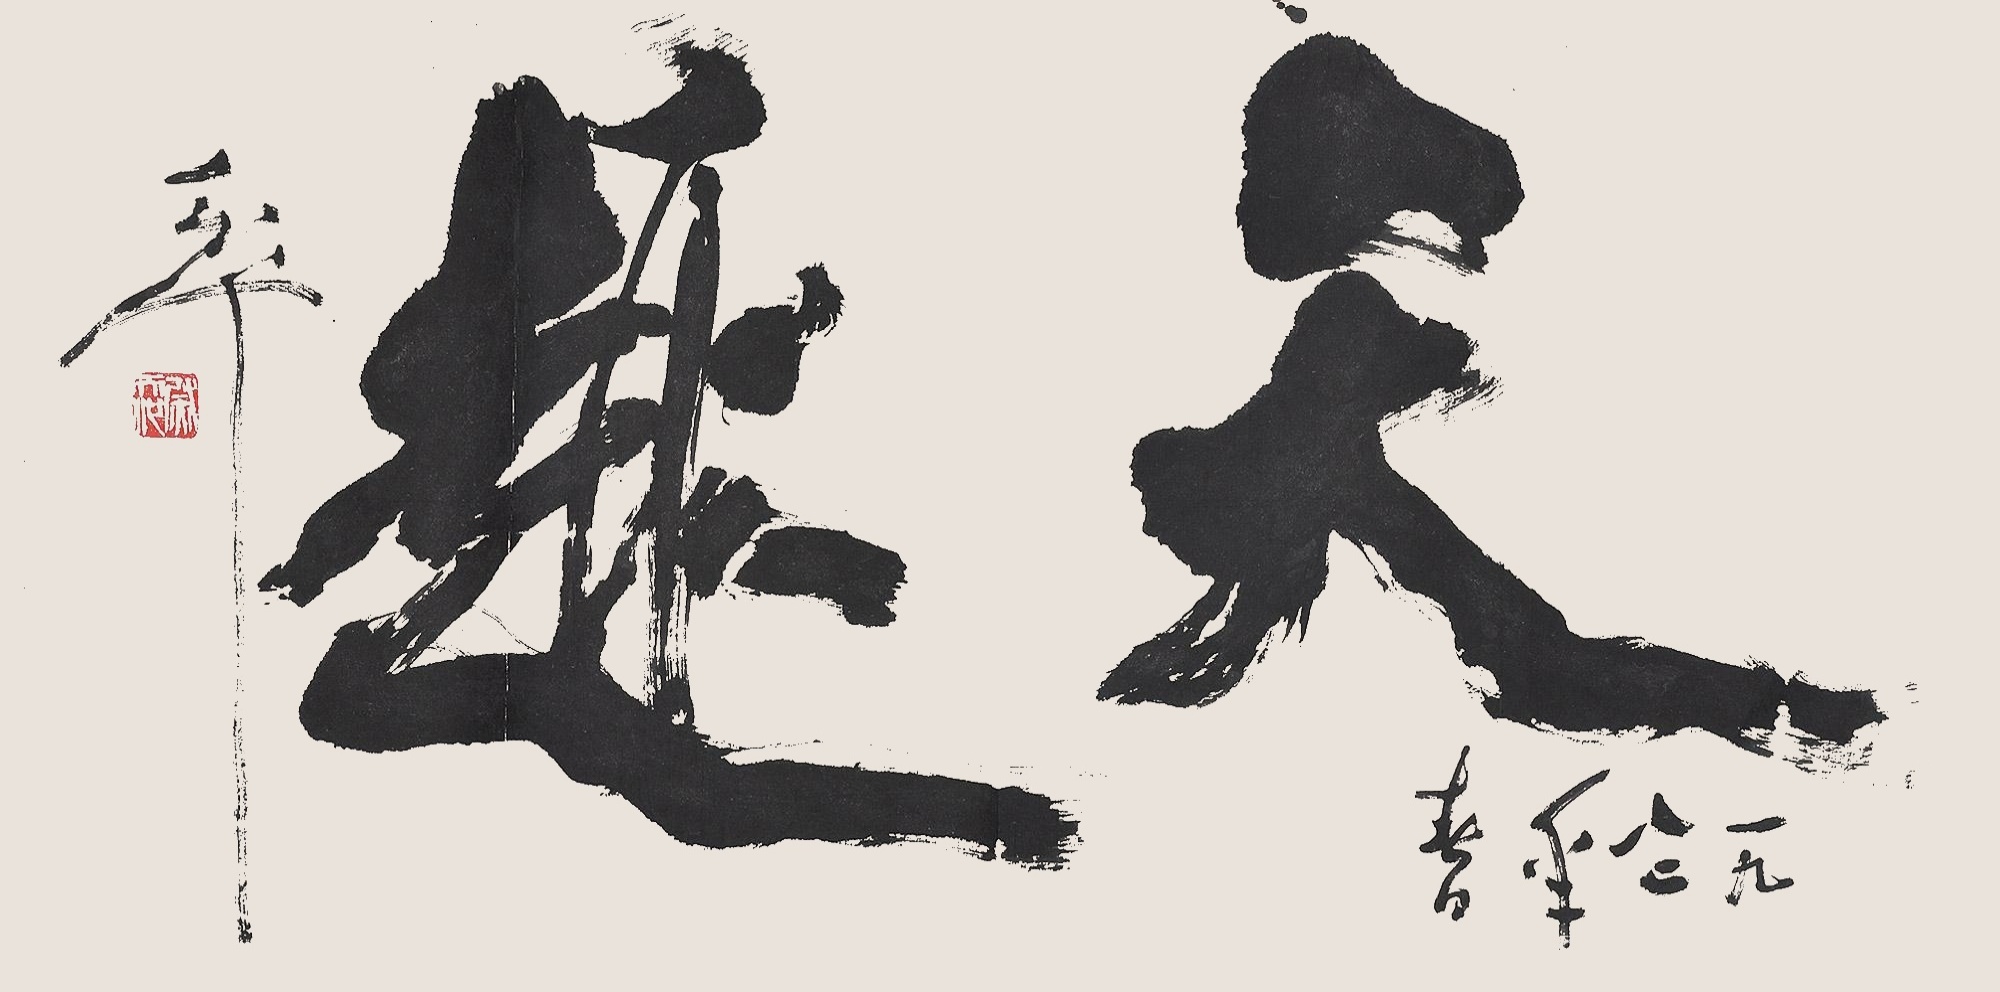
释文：天趣。一九八二年春月，天池。